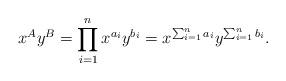
LaTeX: \begin{align*}x^A y^B = \prod_{i=1}^n x^{a_i}y^{b_i} = x^{\sum_{i=1}^n a_i} y^{\sum_{i=1}^n b_i}.\end{align*}